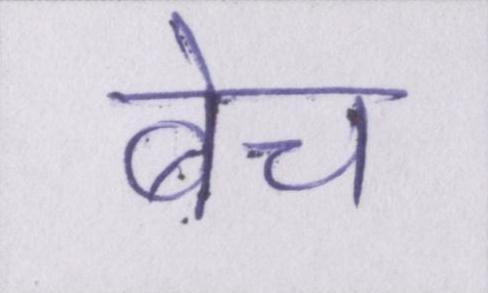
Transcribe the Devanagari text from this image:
बेच